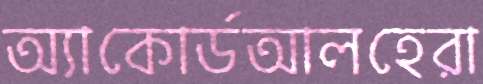
অ্যাকোর্ডআলহেরা